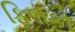
ફિલકો